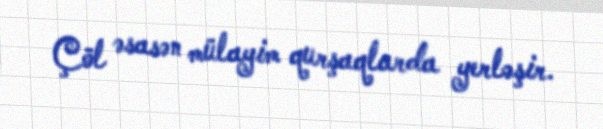
Çöl əsasən mülayim qurşaqlarda yerləşir.